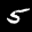
Label: 5